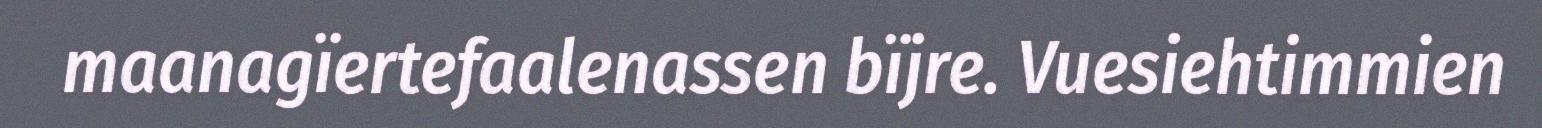
maanagïertefaalenassen bïjre. Vuesiehtimmien